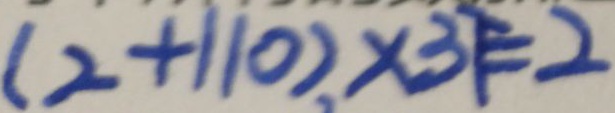
( 2 + 1 1 0 ) , \times 3 7 \div 2